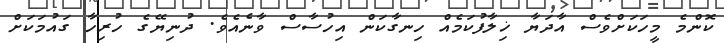
ކޮންމެ މީހަކަށްވެސް އާދަޔާ ޚިލާފުކަމެއް ހިނގާކަން އިހުސާސް ވާނެއެވެ. ދުނިޔޭގެ ހުރިހާ ގައުމަކަށް